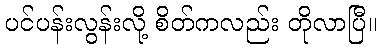
ပင်ပန်းလွန်းလို့ စိတ်ကလည်း တိုလာပြီ။